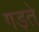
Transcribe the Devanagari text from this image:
गड़ते